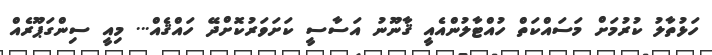
ހަޅުތާލު ކުރުމަށް މަސައްކަތް ހުއްޓާލުންއެއީ ޤާނޫނު އަސާސީ ކަށަވަރުކޮށްދޭ ހައްޤެއް... މިއީ ސިންގަޕޫރެއް